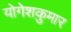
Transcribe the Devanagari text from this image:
योगेशकुमार